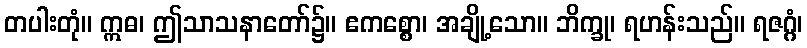
တပါးတုံ။ ဣဓ၊ ဤသာသနာတော်၌။ ဧကစ္စော၊ အချို့သော။ ဘိက္ခု၊ ရဟန်းသည်။ ရဇဂ္ဂံ၊